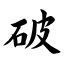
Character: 破